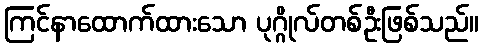
ကြင်နာထောက်ထားသော ပုဂ္ဂိုလ်တစ်ဦးဖြစ်သည်။